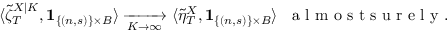
\langle \tilde { \zeta } _ { T } ^ { X | K } , \mathbf { 1 } _ { \{ ( n , s ) \} \times B } \rangle \xrightarrow [ K \to \infty ] { } \langle \tilde { \eta } _ { T } ^ { X } , \mathbf { 1 } _ { \{ ( n , s ) \} \times B } \rangle \; \; \mathrm { ~ a ~ l ~ m ~ o ~ s ~ t ~ s ~ u ~ r ~ e ~ l ~ y ~ } .